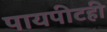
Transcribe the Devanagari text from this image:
पायपीटही